Vaccine operations Central Provinces 1900-1911 - 1900-1911
Year: 1900
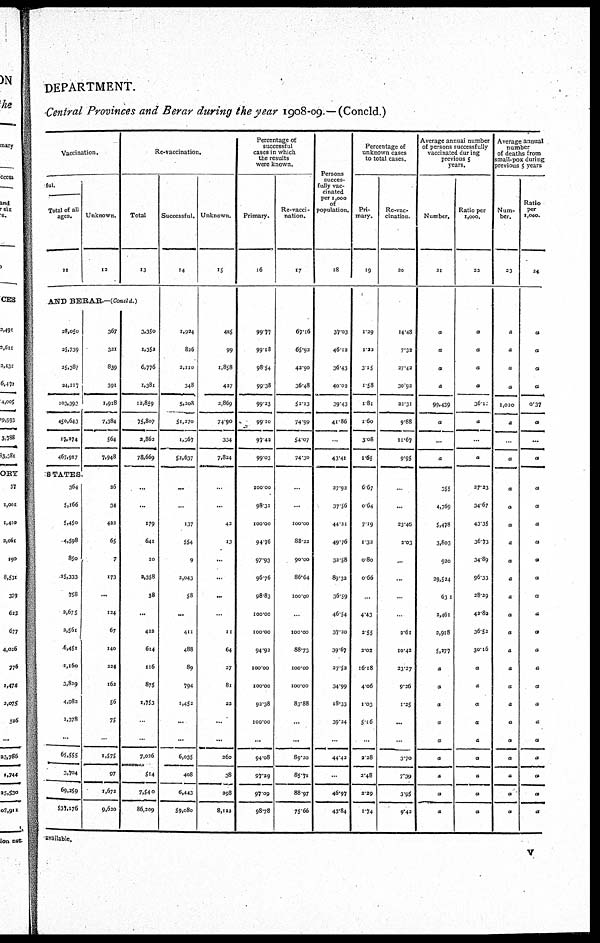
DEPARTMENT.
Central Provinces and Berar during the year 1908-09.—(Concld.)
Vaccination.
ful.
Total of all
ages.
11
Unknown.
12
Re-vaccination.
Total
13
AND BERAR.—(Concld.)
28,050
35,739
25,387
24,217
103,393
450,643
17,374
467,917
367
331
839
391
1,9l8
7,384
564
7,948
STATES.
364
5,166
5,450
4,598
850
25,333
758
3,675
2,561
6,451
1,160
3,829
4,982
1,378
...
65,555
3,704
69,259
537,176
26
34
422
65
7
173
...
124
67
140
224
162
56
75
...
1,575
97
1,673
9,620
3,350
1,352
6,776
1,381
12,859
75,807
2,862
78,669
...
...
179
641
10
2,358
58
...
433
614
116
875
1,753
...
...
7,036
514
7,540
86,309
Successful.
14
1,924
826
2,110
348
5,208
51,270
1,367
52,637
...
...
137
554
9
2,043
58
...
411
488
89
794
1,453
...
...
6,035
408
6,443
59,080
Unknown.
15
485
99
1,858
437
2,869
74.90
334
7,834
...
...
43
13
...
...
...
...
11
64
27
81
22
...
...
260
38
208
8,122
Percentage of
successful
cases in which
the results
were known.
Primary.
16
99.77
99.18
98.54
99.38
99.33
99.10
97.43
99.03
100.00
98.31
100.00
94.76
97.93
96.76
98.83
100.00
100.00
94.92
100.00
100.00
92.38
100.00
...
94.08
97.39
97.09
98.78
Re-vacci-
nation.
17
67.16
65.92
43.90
36.48
52.13
74.99
54.07
74.30
...
...
100.00
88.22
90.00
86.64
100.00
...
100.00
88.73
100.00
100.00
83.88
...
...
89.20
85.71
88.97
75.66
Persons
succes¬
fully vac-
cinated
per 1,000
of
population.
18
37.03
46.12
36.43
40.03
39.43
41.86
...
43.41
27.92
37.56
44.21
49.76
32.58
89.32
36.59
46.54
37.30
39.67
37.52
34.99
18.33
39.24
...
44.42
...
46.97
43.84
Percentage of
unknown cases
to total cases.
Pri-
mary.
19
1.29
1.22
3.15
1.58
1.81
1.60
3.08
1.65
6.67
0.64
7.19
1.32
0.80
0.66
...
4.43
2.55
2.03
16.18
4.06
1.03
5.16
...
2.28
2.48
2.39
1.74
Re-vac-
cination
20
14.48
7.32
27.43
30.92
32.31
9.88
11.67
9.95
...
...
23.46
2.03
...
...
...
...
261
10.42
23.27
9.26
1.25
...
...
3.70
7.39
3.95
9.43
Average annual number
of persons successfully
vaccinated during
previous 5
years.
Number.
21
a
a
a
a
99,439
a
...
a
355
4,769
5,478
3,803
920
29,524
631
2,461
3,918
5,277
a
a
a
a
a
a
a
a
a
Ratio per
1,000.
22
a
a
a
a
36.1
a
...
a
27.23
34.67
43.35
36.73
34.89
96.33
28.29
42.82
36.52
30.16
a
a
a
a
a
a
a
a
a
Average annual
number
of deaths from
small-pox during
previous 5 years
Num-
ber.
23
a
a
a
a
1,020
a
...
a
a
a
a
a
a
a
a
a
a
a
a
a
a
a
a
a
a
a
a
Ratio
per
1,000.
24
a
a
a
a
0.37
a
...
a
a
a
a
a
a
a
a
a
a
a
a
a
a
a
a
a
a
a
a
available.
v